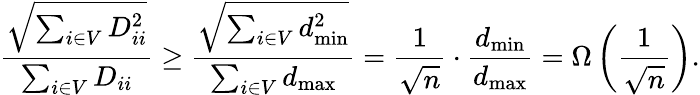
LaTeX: \frac{\sqrt{\sum_{i\in V}D_{ii}^{2}}}{\sum_{i\in V}D_{ii}}\geq\frac{\sqrt{\sum_{i\in V}d_{\operatorname*{min}}^{2}}}{\sum_{i\in V}d_{\operatorname*{max}}}=\frac{1}{\sqrt{n}}\cdot\frac{d_{\operatorname*{min}}}{d_{\operatorname*{max}}}=\Omega\left(\frac{1}{\sqrt{n}}\right).